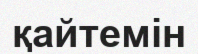
қайтемін